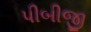
પીબીજી